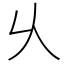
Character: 乆